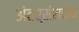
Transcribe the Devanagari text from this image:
अंतर्संसदीय